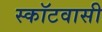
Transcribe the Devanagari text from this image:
स्कॉटवासी